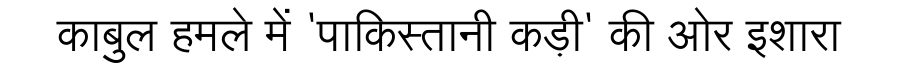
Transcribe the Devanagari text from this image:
काबुल हमले में 'पाकिस्तानी कड़ी' की ओर इशारा